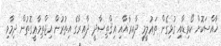
ޚާއްސަކޮށް ކޯވިޑާއި ގުޅިގެން ތަޢުލީމީ ދާއިރާއާއި އިޤްތިޞާދީ ދާއިރާގެ އިތުރުން އިޖްތިމާޢީގޮތުން ދިމާވި